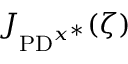
J _ { \mathrm { P D } ^ { x ^ { * } } } ( \zeta )